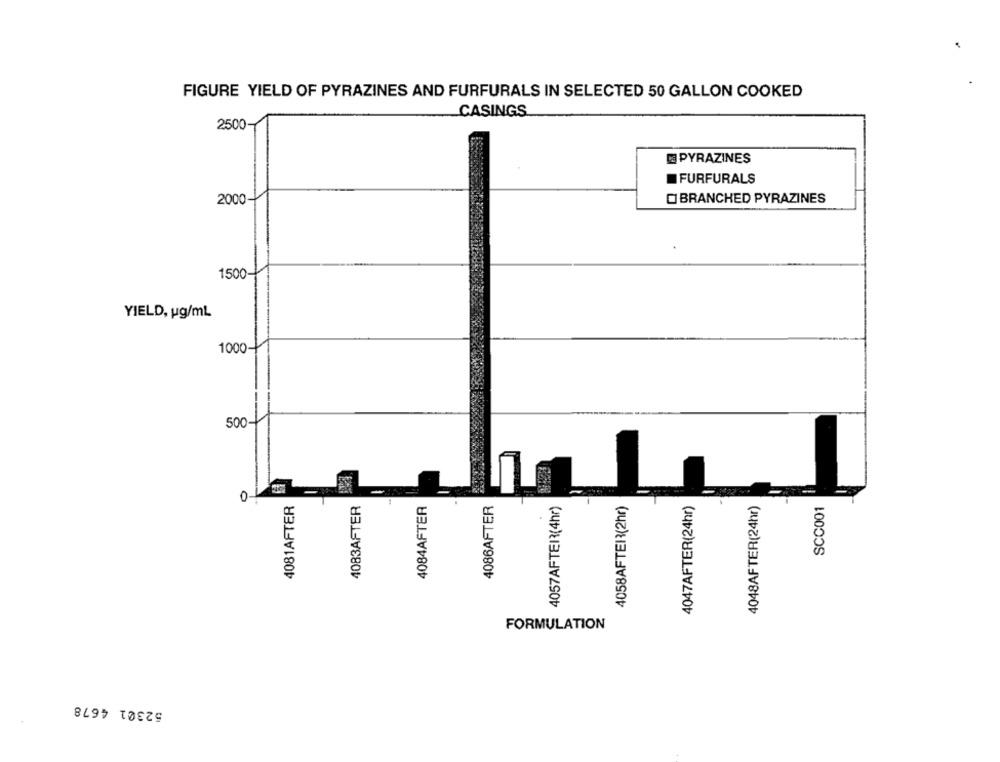
FIGURE YIELD OF PYRAZINES AND FURFURALS IN SELECTED 50 GALLON COOKED
CASINGS
2500
PYRAZINES
FURFURALS
2000
BRANCHED PYRAZINES
1500-
YIELD, ug/mL
1000
500-
0
-
4081AFTER
4083AFTER
4084AFTER
4086AFTER
4057AFTER(4hr)
4058AFTEI(2hr)
4047AFTER(24hr)
4048AFTER(24hr)
SCC001
FORMULATION
52301 4678